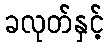
ခလုတ်နှင့်